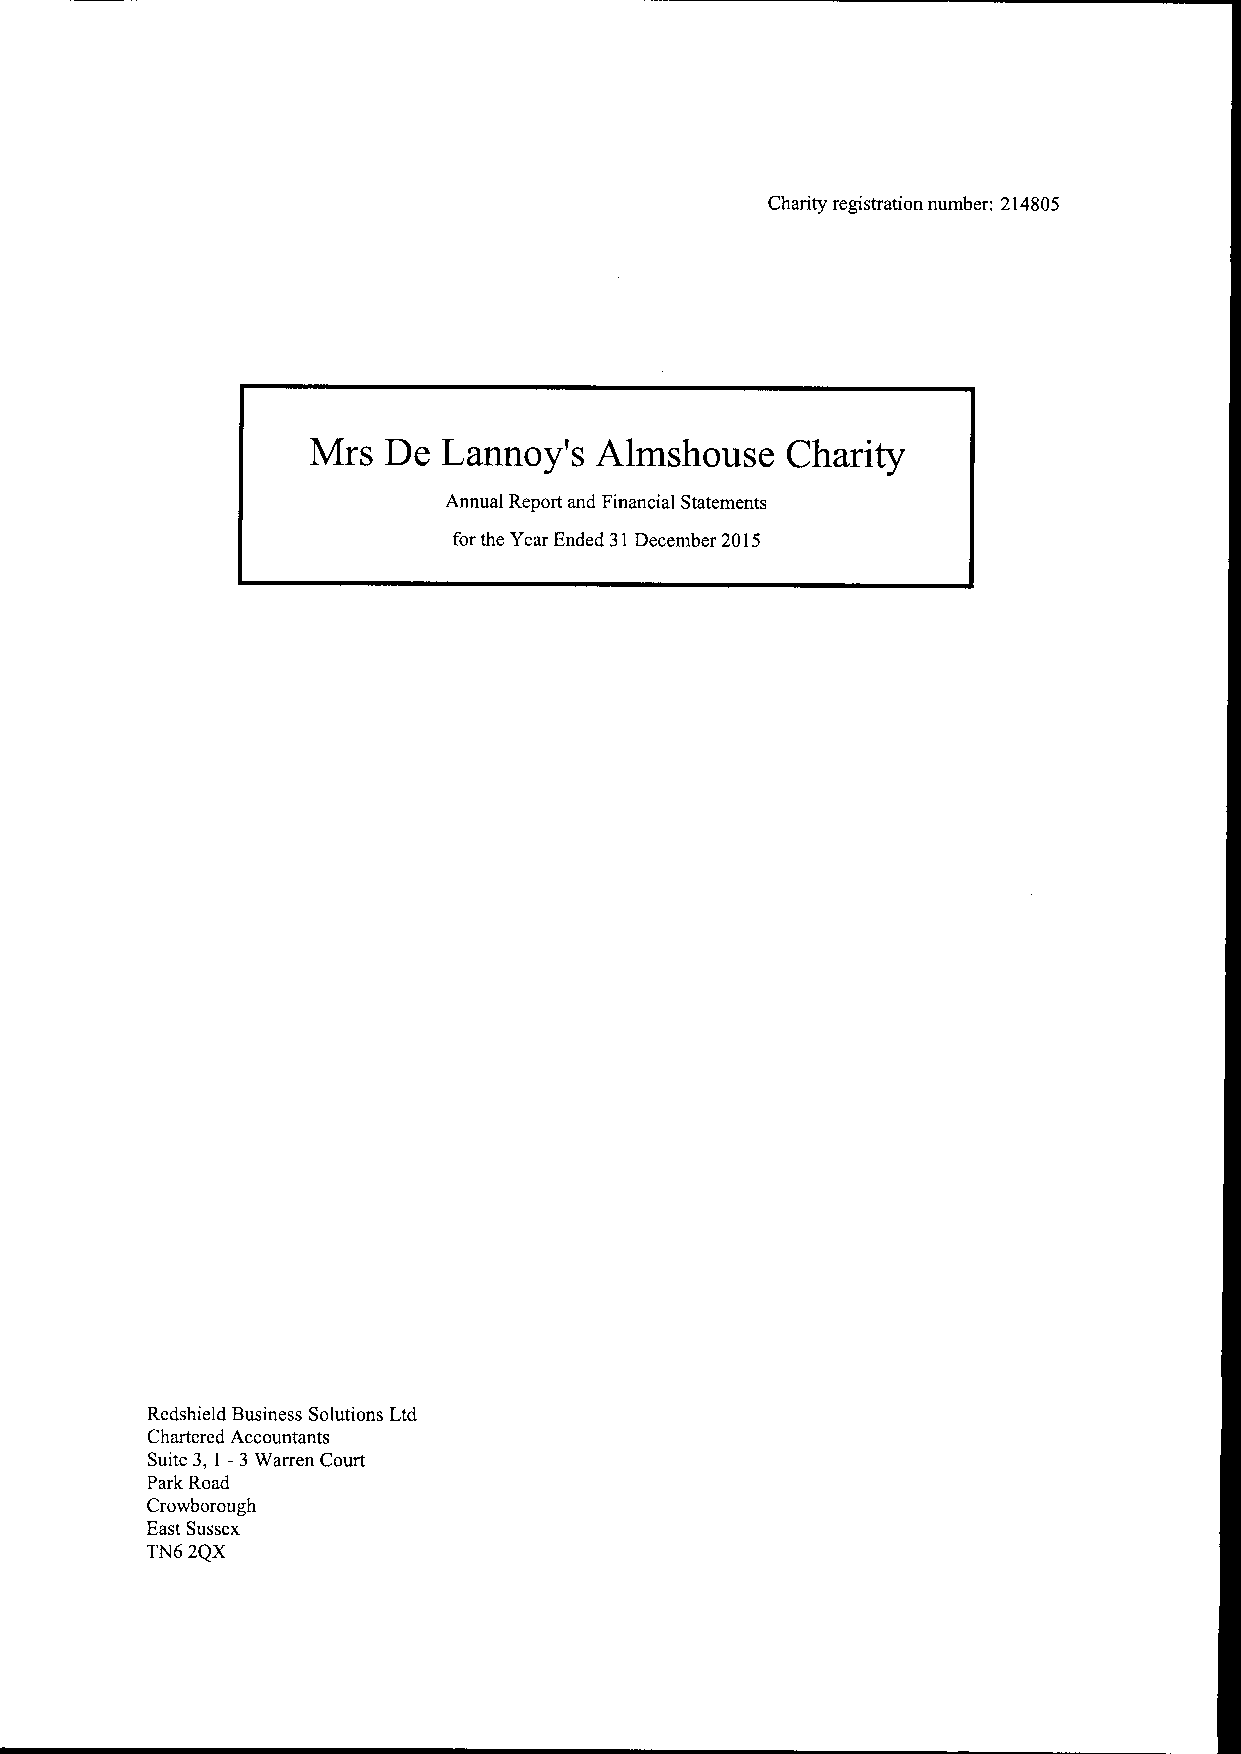
Charity registration number: 214805
 Mrs  De  Lannoy's  Almshouse    Charity
 Annual Report and Financial Statements
 for the Year Ended 31December 2015
 Rcdshield Business Solutions Ltd
 Chartered Accountants
 Suite 3, 1 —3Warren Court
 Park Road
 Crowborough
 East Sussex
 TN6 2QX